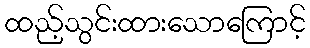
ထည့်သွင်းထားသောကြောင့်